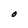
Character: O